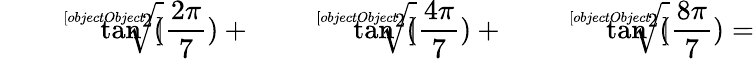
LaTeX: {\sqrt[[objectObject]]{\tan^{2}({\frac{2\pi}{7}})}}+{\sqrt[[objectObject]]{\tan^{2}({\frac{4\pi}{7}})}}+{\sqrt[[objectObject]]{\tan^{2}({\frac{8\pi}{7}})}}=